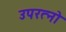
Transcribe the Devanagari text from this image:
उपरत्नो